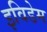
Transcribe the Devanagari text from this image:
इविडेम